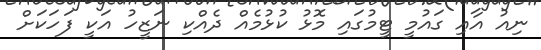
ނިއު އާއި ގައުމީ ޓީމުގައި މޮޅު ކުޅުމެއް ދެއްކި ނަޒީހު އަކީ ފަހަކަށް